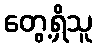
တွေ့ရှိသူ